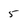
Character: 5